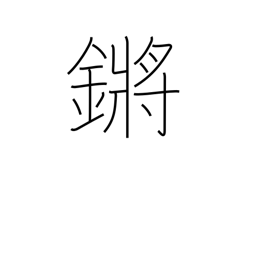
Meaning: tinkling of jade or metal pendants